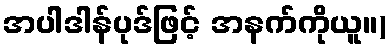
အပါဒါန်ပုဒ်ဖြင့် အနက်ကိုယူ။)